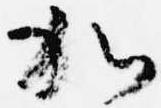
加